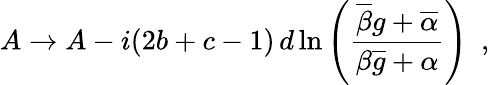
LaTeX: A\rightarrow A-i(2b+c-1)\, d\ln\left(\frac{\overline{{{\beta}}}g+\overline{{{\alpha}}}}{\beta\overline{{{g}}}+\alpha}\right)~~,